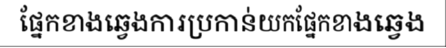
ផ្នែកខាងឆ្វេងការប្រកាន់យកផ្នែកខាងឆ្វេង